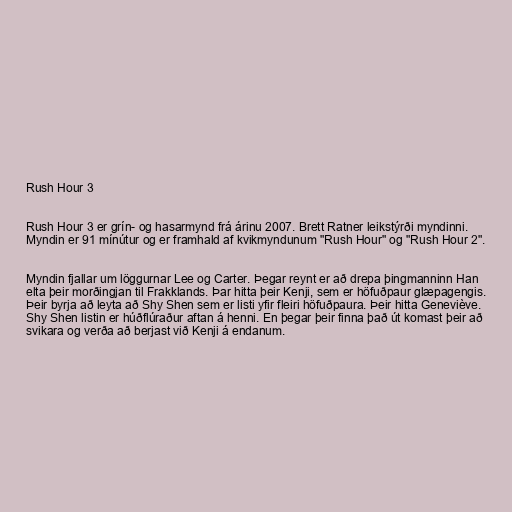
Rush Hour 3

Rush Hour 3 er grín- og hasarmynd frá árinu 2007. Brett Ratner leikstýrði myndinni.
Myndin er 91 mínútur og er framhald af kvikmyndunum "Rush Hour" og "Rush Hour 2".

Myndin fjallar um löggurnar Lee og Carter. Þegar reynt er að drepa þingmanninn Han
elta þeir morðingjan til Frakklands. Þar hitta þeir Kenji, sem er höfuðpaur glæpagengis.
Þeir byrja að leyta að Shy Shen sem er listi yfir fleiri höfuðpaura. Þeir hitta Geneviève.
Shy Shen listin er húðflúraður aftan á henni. En þegar þeir finna það út komast þeir að
svikara og verða að berjast við Kenji á endanum.